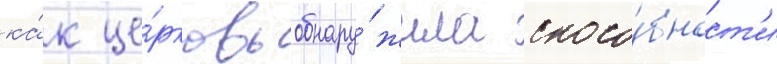
ка́к це́рковь обнару́жила спосо́бност'и